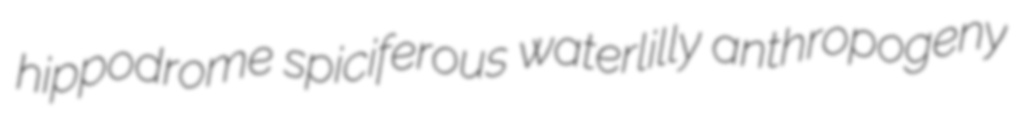
hippodrome spiciferous waterlilly anthropogeny